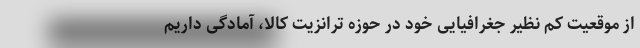
از موقعیت کم نظیر جغرافیایی خود در حوزه ترانزیت کالا، آمادگی داریم